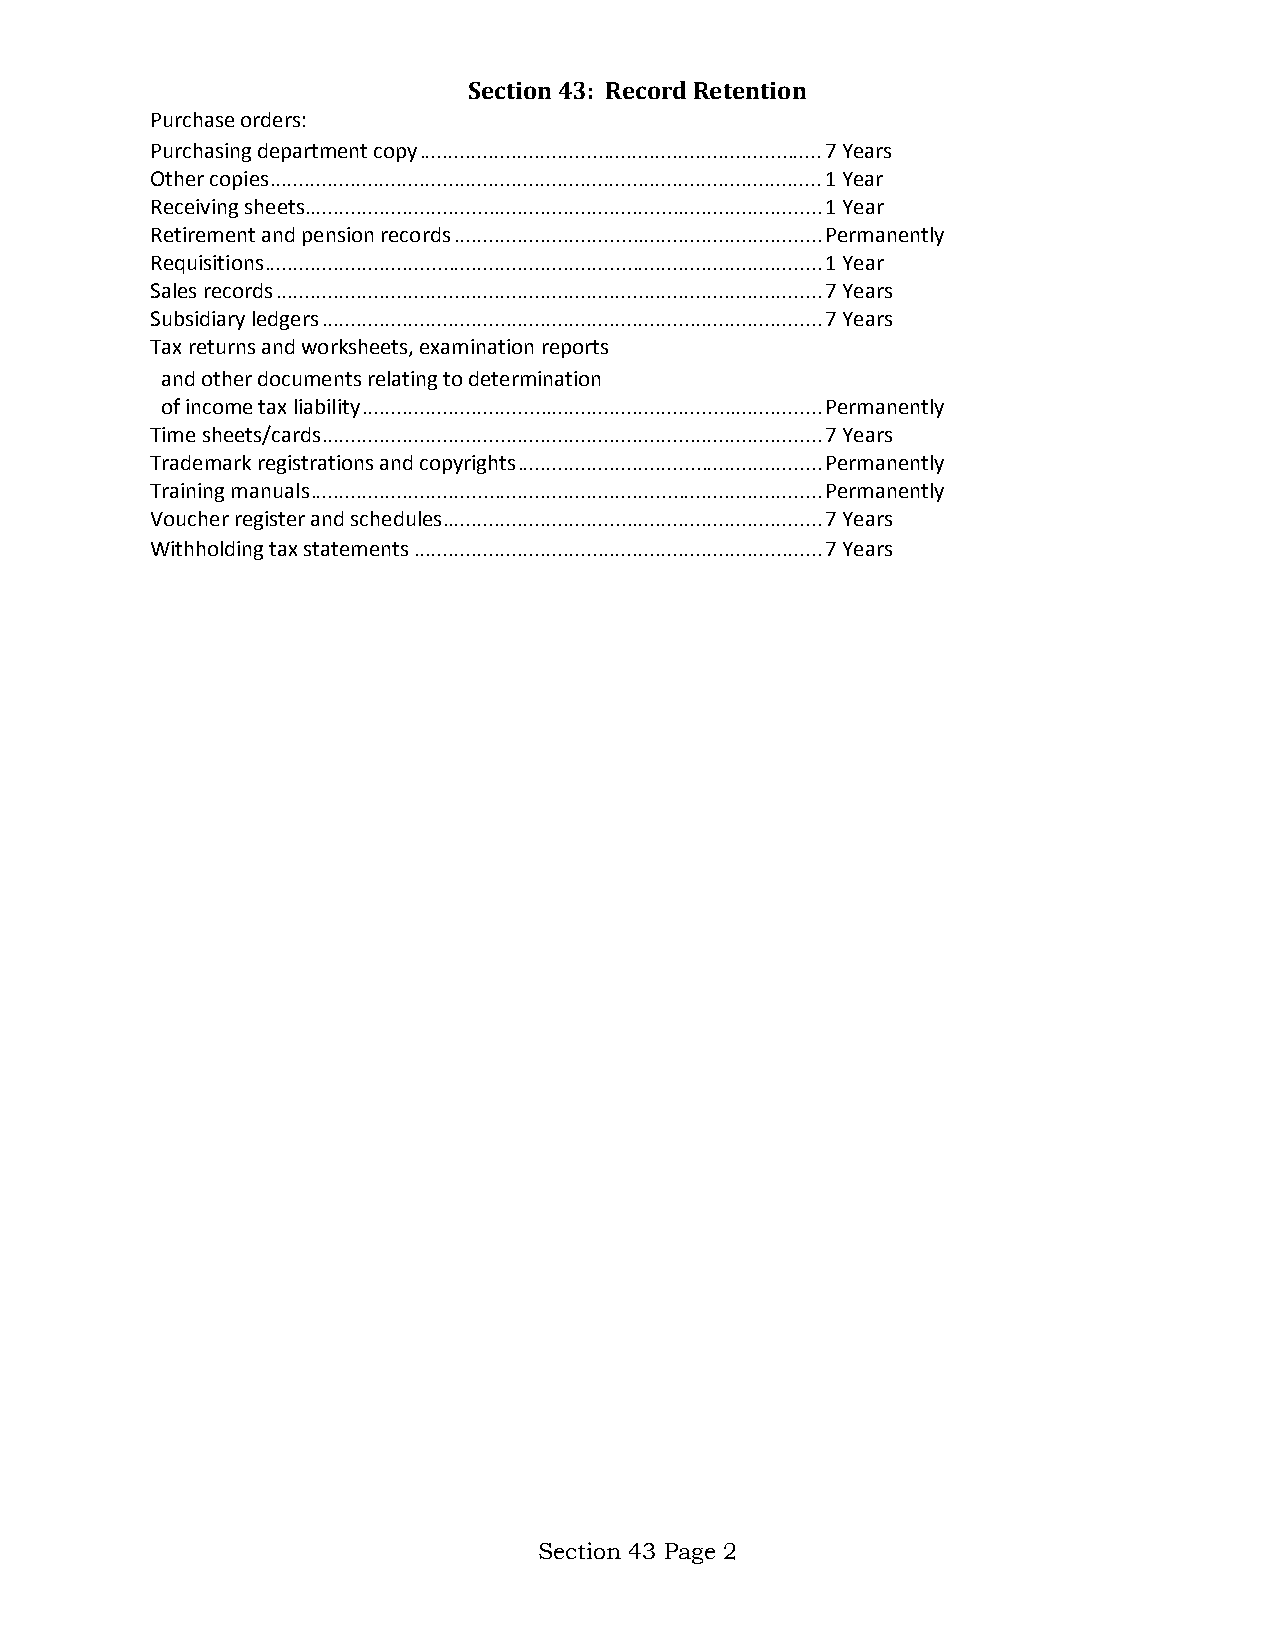
Section 43: Record Retention
 Purchase orders:
 Purchasing department copy ...................................................................... 7 Years
 Other copies ................................................................................................ 1 Year
 Receiving sheets .......................................................................................... 1 Year
 Retirement and pension records ................................................................ Permanently
 Requisitions ................................................................................................. 1 Year
 Sales records ............................................................................................... 7 Years
 Subsidiary ledgers ....................................................................................... 7 Years
 Tax returns and worksheets, examination reports
 and other documents relating to determination
 of income tax liability ................................................................................ Permanently
 Time sheets/cards ....................................................................................... 7 Years
 Trademark registrations and copyrights ..................................................... Permanently
 Training manuals ......................................................................................... Permanently
 Voucher register and schedules .................................................................. 7 Years
 Withholding tax statements ....................................................................... 7 Years
 Section 43 Page 2